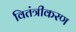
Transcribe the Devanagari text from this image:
वितंत्रीकरण